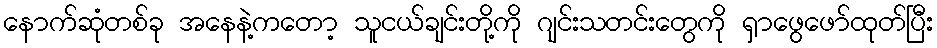
နောက်ဆုံတစ်ခု အနေနဲ့ကတော့ သူငယ်ချင်းတို့ကို ဂျင်းသတင်းတွေကို ရှာဖွေဖော်ထုတ်ပြီး